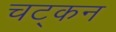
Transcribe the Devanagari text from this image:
चट्कन